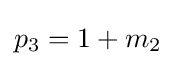
p_{3}=1+m_{2}\